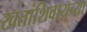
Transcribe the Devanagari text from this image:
खतांशिवायच्या